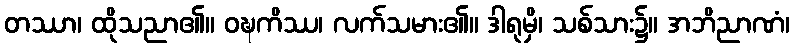
တဿာ၊ ထိုသညာ၏။ ဝဍ္ဎကိဿ၊ လက်သမား၏။ ဒါရုမှိ၊ သစ်သား၌။ အဘိညာဏံ၊